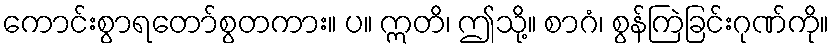
ကောင်းစွာရတော်စွတကား။ ပ။ ဣတိ၊ ဤသို့။ စာဂံ၊ စွန်ကြဲခြင်းဂုဏ်ကို။